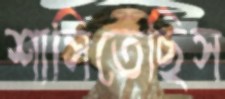
শাসিতেছিস